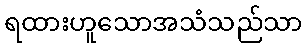
ရထားဟူသောအသံသည်သာ